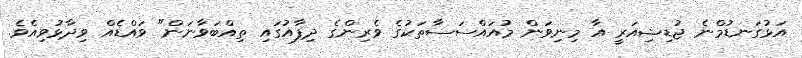
އަޅުގަނޑުމްނެ ޖުޑިޝިއަރީ އާ މިނިވަން މުއައްސަސާތަކުގެ ވެރިންގެ ދިފާއުގައި ތިއްބަވާނަން" ވައްޑެއް ވިދާޅުވިއެވެ.